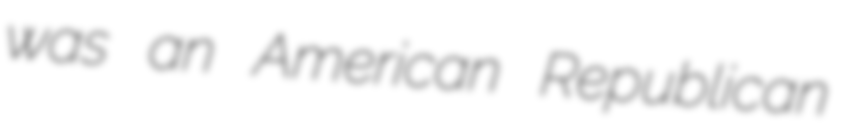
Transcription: was an American Republican